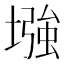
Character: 𫮬